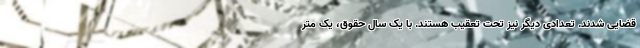
قضایی شدند. تعدادی دیگر نیز تحت تعقیب هستند. با یک سال حقوق، یک متر